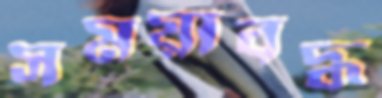
সময়াবদ্ধ